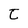
Character: t